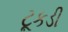
ટૂકડી